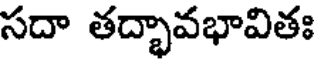
సదా తద్భావభావితః